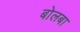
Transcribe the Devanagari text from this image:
बोलबा